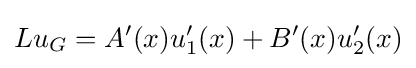
Lu_{G}=A'(x)u_{1}'(x)+B'(x)u_{2}'(x)